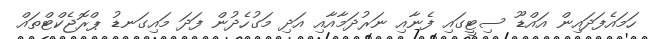
ހަމައެފަދައިން އައްޑޫ ސިޓީގައި ފެނާއި ނަރުދަމާއާއި އަދި މަގުހެދުން ފަދަ މައިގަނޑު ޕްރޮޖެކްޓްތައް